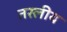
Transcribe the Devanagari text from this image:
तरलीय